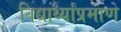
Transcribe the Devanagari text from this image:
विद्यार्थ्यांप्रमाणे